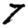
Digit: 7